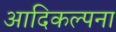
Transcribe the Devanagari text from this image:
आदिकल्पना